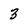
Character: 3